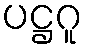
ပဋ္ဌဂူ